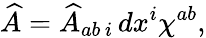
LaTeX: \widehat{A}=\widehat{A}_{ab\, i}\, dx^{i}\chi^{ab},